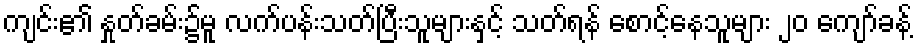
ကျင်း၏ နှုတ်ခမ်း၌မူ လက်ပန်းသတ်ပြီးသူများနှင့် သတ်ရန် စောင့်နေသူများ ၂၀ ကျော်ခန့်